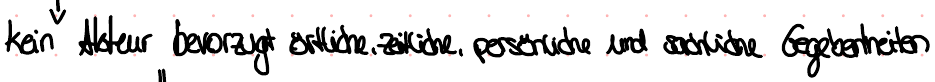
kein Akteur bevorzugt örtliche, zeitliche, persönliche und sachliche Gegebenheiten